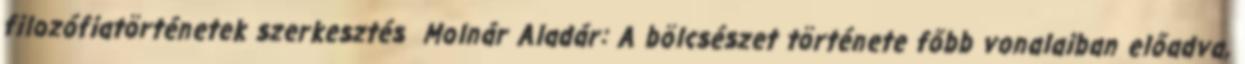
filozófiatörténetek szerkesztés Molnár Aladár: A bölcsészet története főbb vonalaiban előadva,